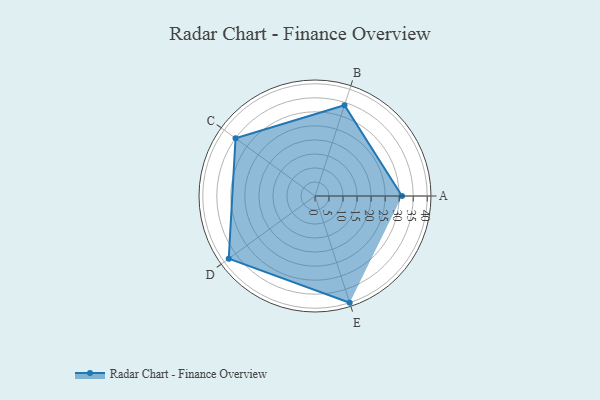
{"axis": {"x": "Skill", "y": "Score"}, "legend": ["Profile"], "data": [{"x": "A", "y": 31.0, "type": "Profile"}, {"x": "B", "y": 34.0, "type": "Profile"}, {"x": "C", "y": 35.0, "type": "Profile"}, {"x": "D", "y": 38.0, "type": "Profile"}, {"x": "E", "y": 40.0, "type": "Profile"}]}